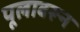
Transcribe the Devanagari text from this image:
पूलावरून